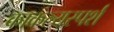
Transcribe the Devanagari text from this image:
काकल्यस्पर्श